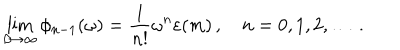
\lim _ { \beta \to \infty } \phi _ { n - 1 } ( \omega ) = \frac { 1 } { n ! } \omega ^ { n } \varepsilon ( m ) \, , \quad n = 0 , 1 , 2 , \dots \, .